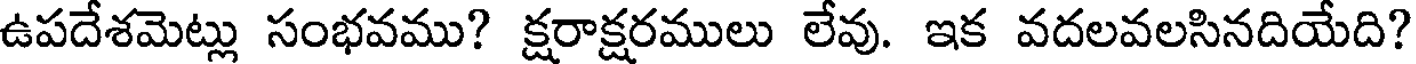
ఉపదేశమెట్లు సంభవము? క్షరాక్షరములు లేవు. ఇక వదలవలసినదియేది?